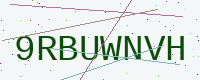
Text: 9RBUWNVH